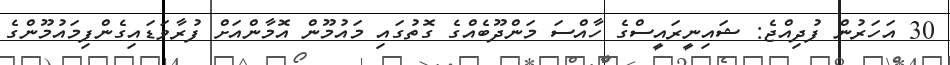
30 އަހަރުން ފުދިއްޖެ: ޝައިނީރައީސްގެ ހާއްސަ މަންދޫބެއްގެ ގޮތުގައި މައުމޫން އޮމާންއަށް ފުރާވަޑައިގެންފިމައުމޫންގެ